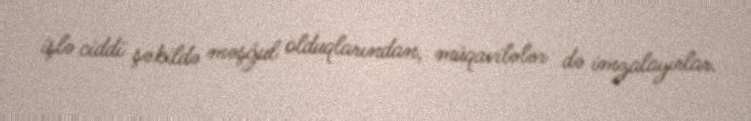
işlə ciddi şəkildə məşğul olduqlarından, müqavilələr də imzalayırlar.